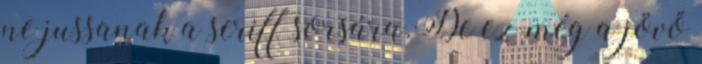
ne jussanak a seriff sorsára.De ez még a jövő